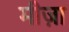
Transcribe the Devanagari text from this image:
मीज़ा